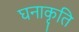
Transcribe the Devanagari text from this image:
घनाकृति